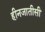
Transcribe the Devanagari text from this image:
हीनजातीसी